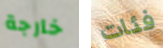
خارجة فئات